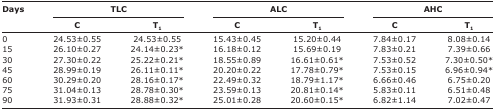
| <ROWSPAN=3> Days | <COLSPAN=2> TLC | <COLSPAN=2> ALC | <COLSPAN=2> AHC |
 | C | T1 | C | T1 | C | T1 |
 | --- | --- | --- | --- | --- | --- | --- |
 | 0 | 24.53±0.55 | 24.53±0.55 | 15.43±0.45 | 15.20±0.44 | 7.84±0.17 | 8.08±0.14 |
 | 15 | 26.10±0.27 | 24.14±0.23* | 16.18±0.12 | 15.69±0.19 | 7.83±0.21 | 7.39±0.66 |
 | 30 | 27.30±0.22 | 25.22±0.21* | 18.55±0.89 | 16.61±0.61* | 7.53±0.52 | 7.30±0.50* |
 | 45 | 28.99±0.19 | 26.11±0.11* | 20.20±0.22 | 17.78±0.79* | 7.53±0.15 | 6.96±0.94* |
 | 60 | 30.29±0.20 | 28.16±0.17* | 22.49±0.32 | 18.79±1.17* | 6.66±0.46 | 6.75±0.20 |
 | 75 | 31.04±0.13 | 28.78±0.30* | 23.59±0.13 | 20.81±0.14* | 5.83±0.11 | 6.51±0.48 |
 | 90 | 31.93±0.31 | 28.88±0.32* | 25.01±0.28 | 20.60±0.15* | 6.82±1.14 | 7.02±0.47 |